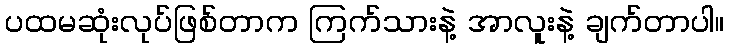
ပထမဆုံးလုပ်ဖြစ်တာက ကြက်သားနဲ့ အာလူးနဲ့ ချက်တာပါ။